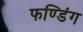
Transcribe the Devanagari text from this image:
फण्डिंग